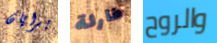
برايان طارئة والروح